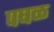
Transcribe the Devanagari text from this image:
पघळ